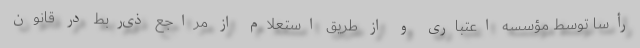
رأساً توسط مؤسسه اعتباری و از طریق استعلام از مراجع ذی‌ربط در قانون